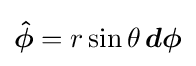
{\boldsymbol {\hat {\phi }}}=r\sin \theta \,{\boldsymbol {d\phi }}